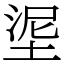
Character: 埿